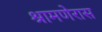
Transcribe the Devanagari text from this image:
श्रामणेरास